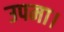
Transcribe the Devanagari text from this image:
उपमा।